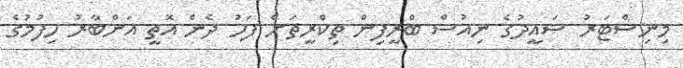
މިނިސްޓަރު ސައީދުގެ ނިއުސް ބްރީފިން ތިކްރީތަށް ފަހު ދެން އޮތީ އަންބާރު ހިފުމުގެ